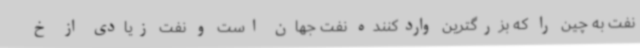
نفت به چین را که بزرگترین واردکننده نفت جهان است و نفت زیادی از خ